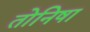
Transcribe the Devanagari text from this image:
तोनिषा